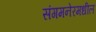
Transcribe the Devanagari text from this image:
संगमनेरमधील